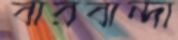
বারবান্দা